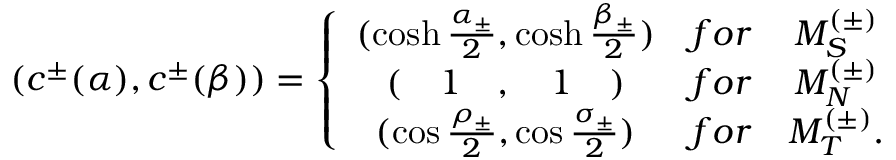
( c ^ { \pm } ( \alpha ) , c ^ { \pm } ( \beta ) ) = \left\{ \begin{array} { c c c } { { ( \cosh \frac { \alpha _ { \pm } } { 2 } , \cosh \frac { \beta _ { \pm } } { 2 } ) } } & { { f o r } } & { { { \cal M } _ { S } ^ { ( \pm ) } } } \\ { { ( \quad 1 \quad , \quad 1 \quad ) } } & { { f o r } } & { { { \cal M } _ { N } ^ { ( \pm ) } } } \\ { { ( \cos \frac { \rho _ { \pm } } { 2 } , \cos \frac { \sigma _ { \pm } } { 2 } ) } } & { { f o r } } & { { { \cal M } _ { T } ^ { ( \pm ) } . } } \end{array} \right.